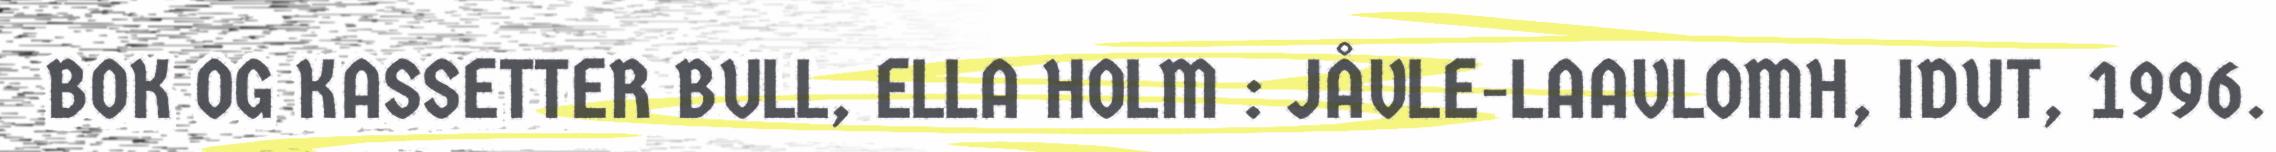
BOK OG KASSETTER BULL, ELLA HOLM : JÅVLE-LAAVLOMH, IDUT, 1996.